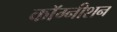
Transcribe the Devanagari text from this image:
कॉग्नीशन